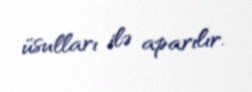
üsulları ilə aparılır.